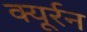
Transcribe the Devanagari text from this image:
क्यूर्रन